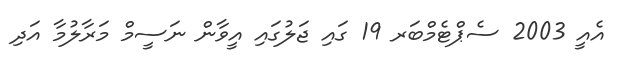
އެއީ 2003 ސެޕްޓެމްބަރ 19 ގައި ޖަލުގައި އީވާން ނަސީމް މަރާލުމާ އަދި